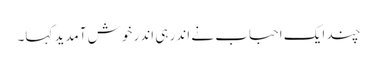
چند ایک احباب نے اندر ہی اندر خوش آمدید کہا۔